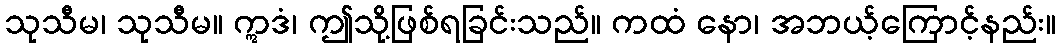
သုသီမ၊ သုသီမ။ ဣဒံ၊ ဤသို့ဖြစ်ရခြင်းသည်။ ကထံ နော၊ အဘယ့်ကြောင့်နည်း။